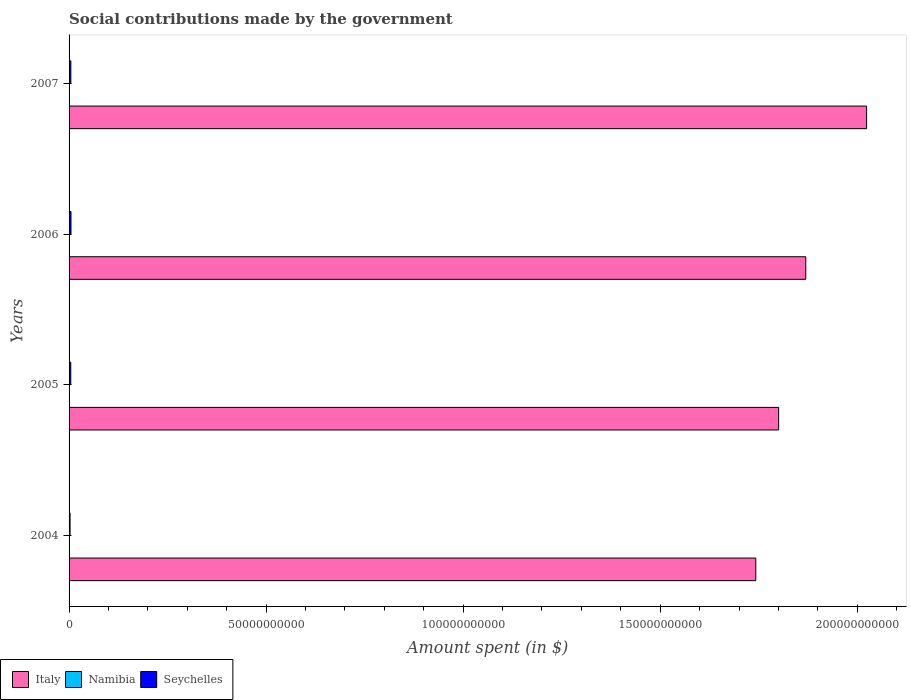
| Years | Italy | Namibia | Seychelles |
 | --- | --- | --- | --- |
 | 2004 | 1.74e+11 | 6.9e+07 | 2.5e+08 |
 | 2005 | 1.8e+11 | 7.69e+07 | 4.32e+08 |
 | 2006 | 1.87e+11 | 7.47e+07 | 4.84e+08 |
 | 2007 | 2.02e+11 | 8.14e+07 | 4.5e+08 |